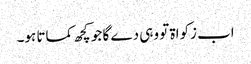
اب زکواۃ تو وہی دے گا جو کچھ کماتا ہو۔